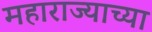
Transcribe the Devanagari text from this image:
महाराज्याच्या